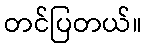
တင်ပြတယ်။